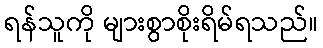
ရန်သူကို များစွာစိုးရိမ်ရသည်။